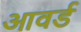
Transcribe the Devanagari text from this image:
आवर्ड